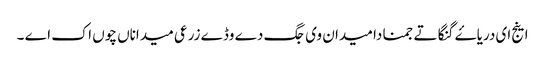
اینج ای دریاۓ گنگا تے جمنا دا میدان وی جگ دے وڈے زرعی میداناں چوں اک اے ۔